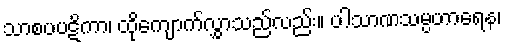
သာစပပဋိကာ၊ ထိုကျောက်လွှာသည်လည်း။ ပါသာဏသမ္ပဟာရေန၊